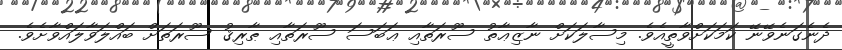
ދެނެގަނެވޭނޭ ކަމަކަށްވާތީއެވެ. މިސާލަކަށް ނާޒިޢާތު ސޫރަތާއި ޢަބަސަ ސޫރަތާއި ޠާރިޤު ސޫރަތަށް ބައްލަވާލައްވާށެވެ.